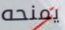
يمنحه